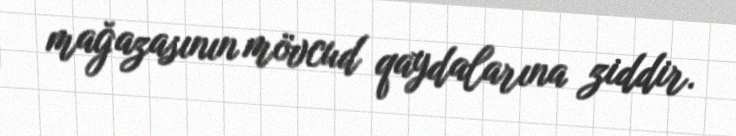
mağazasının mövcud qaydalarına ziddir.